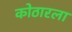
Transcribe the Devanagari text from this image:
कोठारला